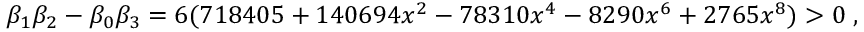
\beta _ { 1 } \beta _ { 2 } - \beta _ { 0 } \beta _ { 3 } = 6 ( 7 1 8 4 0 5 + 1 4 0 6 9 4 x ^ { 2 } - 7 8 3 1 0 x ^ { 4 } - 8 2 9 0 x ^ { 6 } + 2 7 6 5 x ^ { 8 } ) > 0 \; ,